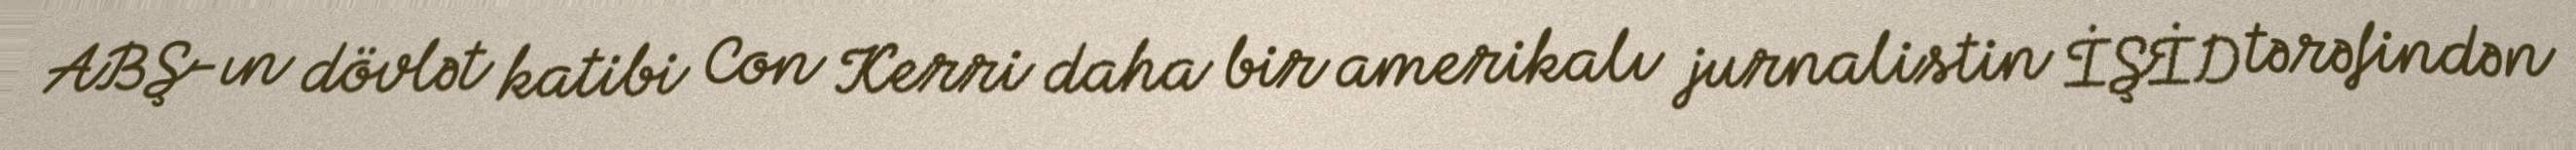
ABŞ-ın dövlət katibi Con Kerri daha bir amerikalı jurnalistin İŞİD tərəfindən